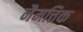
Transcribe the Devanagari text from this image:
नैमत्तिक